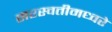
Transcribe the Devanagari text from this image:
सरस्वतीमध्वरे